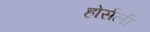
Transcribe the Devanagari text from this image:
होर्सली